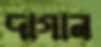
দাগান